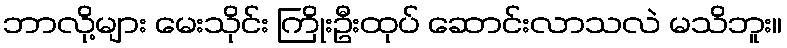
ဘာလို့များ မေးသိုင်း ကြိုးဦးထုပ် ဆောင်းလာသလဲ မသိဘူး။